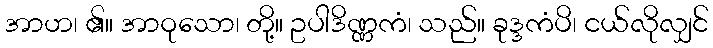
အာဟ၊ ၏။ အာဝုသော၊ တို့။ ဥပါဒိဏ္ဏကံ၊ သည်။ ခုဒ္ဒကံပိ၊ ငယ်လိုလျှင်